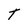
Character: T